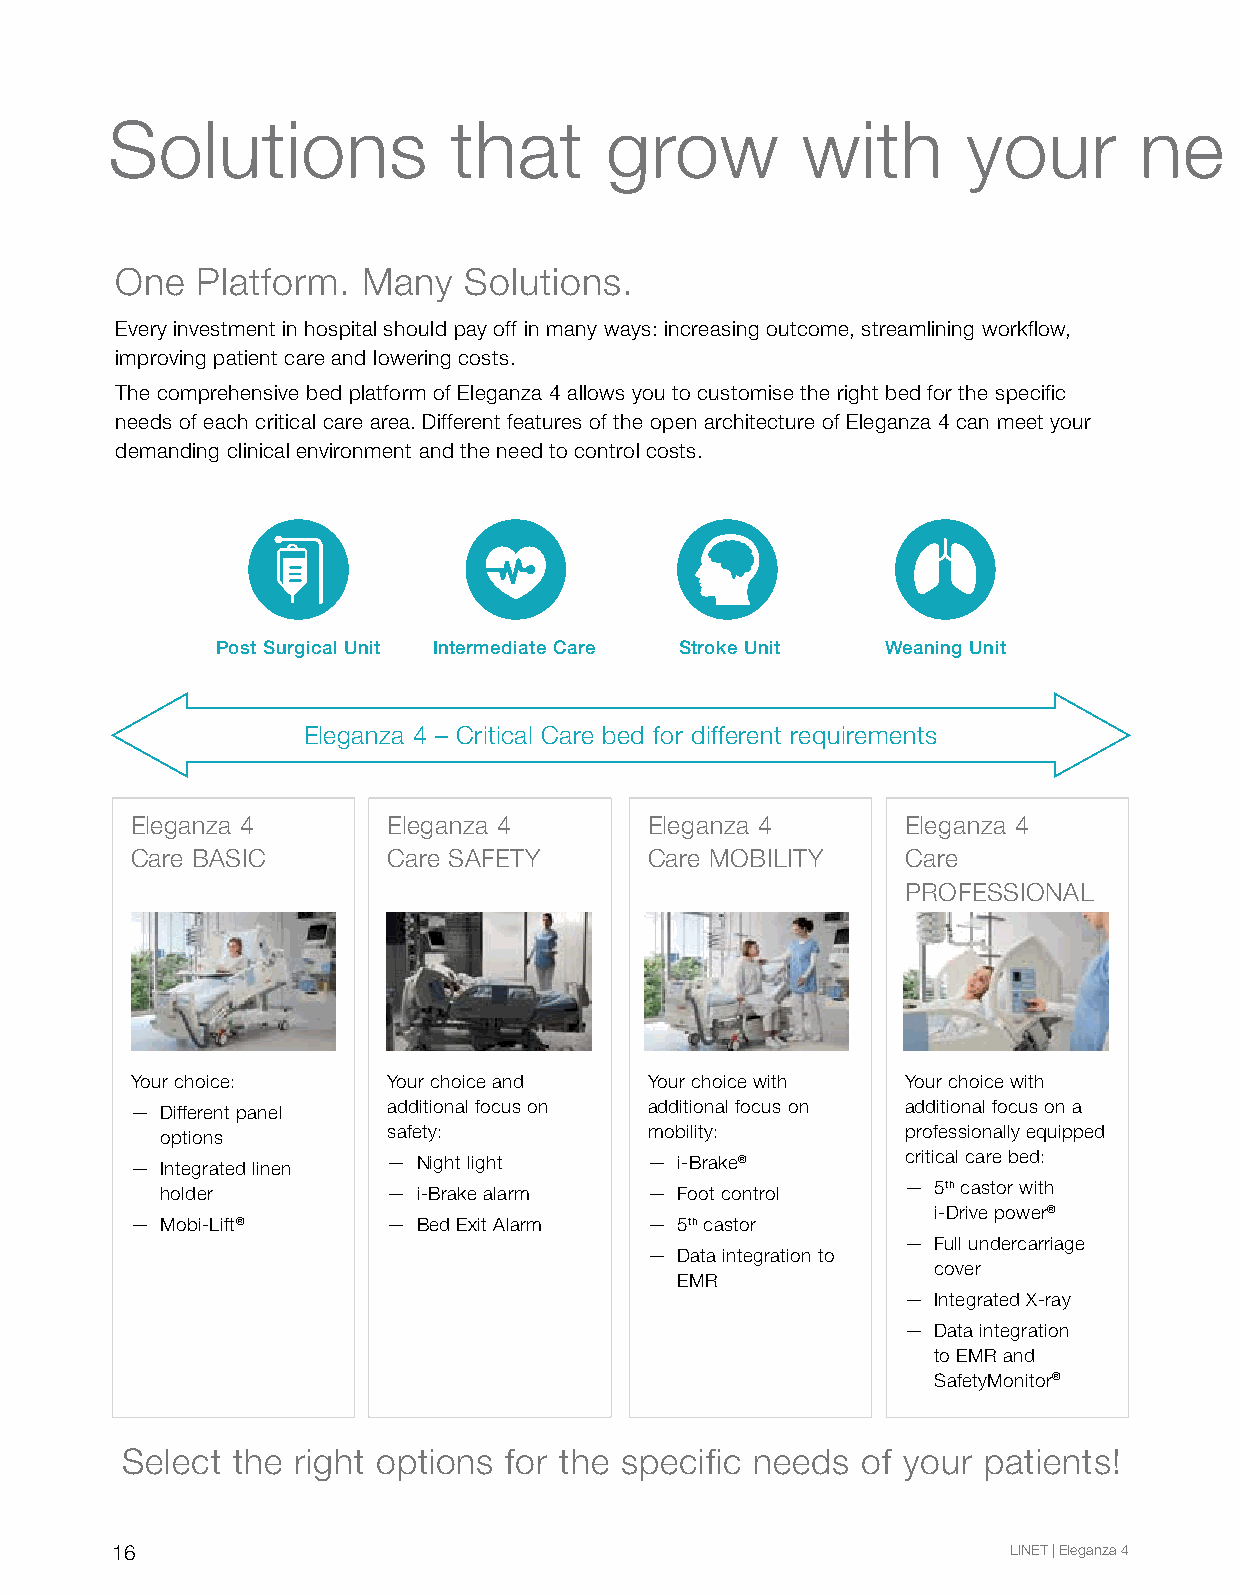
Návrhy ikon 2 pro E4 Návrhy ikon 2 pro E4 Návrhy ikNoánv r2h py rioko En4 2 pro E4
 Solutions              that      grow         with       your       ne      eds
 Stroke Unit / Neurology Weaning Unit Stroke Unit / NeuInrotelormgye diate Care Weaning UnPitost Surgical Unit IntermSterodkiaet eU nCiatr /eS Ntreoukreo lUongiyt / NeuProolsot gSyu rgWicaela Unninitg UniWt eaning Unit IntermediateI nCtaerremediate Care Post SurgicalP Uonsti tSurgical Unit
 Unit Unit                             Unit     Unit
 One  Platform.  Many   Solutions.
 Every investment in hospital should pay off in many ways: increasing outcome, streamlining workflow,
 Verze 01 Verze 01   Verze 01 Verze 01
 improving patient care and lowering costs.
 The comprehensive bed platform of Eleganza 4 allows you to customise the right bed for the specific
 needs of each critical care area. Different features of the open architecture of Eleganza 4 can meet your
 demanding clinical environment and the need to control costs.
 Verze 01B Verze 01B Verze 01B Verze 01B
 Stroke Unit Weaning Unit Stroke UInnittermediate Care Weaning UPnoPisotts tS Suurrggiiccaal Ul Unitnit IntInetremrmeeddiiaatStee tC rCoarkaeere UnitSStrtorokkee UUnPnitoitst SurgWicWeaeala nUniinnnggit UUninWtiteaning Unit IntermediatIen tCearmreediate Care Post SurgicPaol sUtn Siturgical Unit
 Eleganza 4 – Critical Care bed for different requirements
 Eleganza 4       Eleganza 4       Eleganza 4       Eleganza 4
 Care BASIC       Care SAFETY      Care MOBILITY    Care
 Verze 02 Verze 02   Verze 02 Verze 02                       PROFESSIONAL
 Verze 03 Verze 03   Verze 03 Verze 03
 Your choice:     Your choice and  Your choice with Your choice with
 — Different panel additional focus on additional focus on additional focus on a
 options        safety:          mobility:        professionally equipped
 — Integrated linen — Night light  — i-Brake®       critical care bed:
 holder         — i-Brake alarm  — Foot control   — 5th castor with
 i-Drive power®
 — Mobi-Lift®     — Bed Exit Alarm — 5th castor
 — Full undercarriage
 — Data integration to
 cover
 EMR
 — Integrated X-ray
 — Data integration
 to EMR and
 SafetyMonitor®
 Select the right options for the specific needs  of your patients!
 16                                                          LINET | Eleganza 4